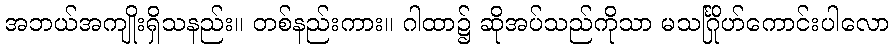
အဘယ်အကျိုးရှိသနည်း။ တစ်နည်းကား။ ဂါထာ၌ ဆိုအပ်သည်ကိုသာ မသင်္ဂြိုဟ်ကောင်းပါလော